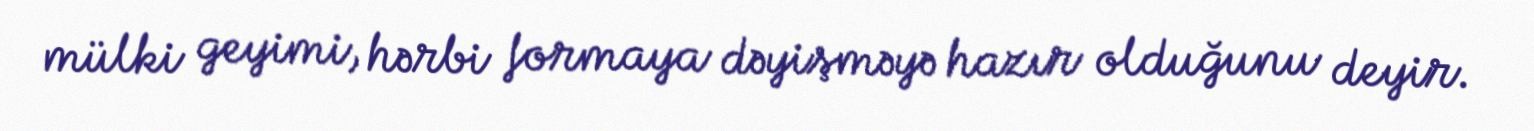
mülki geyimi, hərbi formaya dəyişməyə hazır olduğunu deyir.